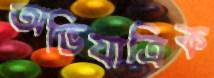
অভিযাত্রিক